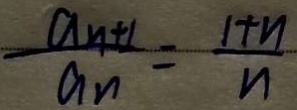
\frac { a _ { n + 1 } } { a _ { n } } = \frac { 1 + n } { n }